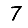
Digit: 7